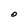
Character: O